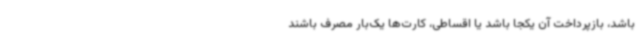
باشد، بازپرداخت آن یکجا باشد یا اقساطی، کارت‌ها یک‌بار مصرف باشند